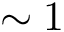
\sim 1